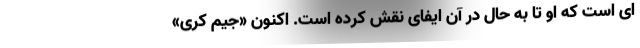
ای است که او تا به حال در آن ایفای نقش کرده است. اکنون «جیم کری»